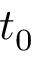
t _ { 0 }